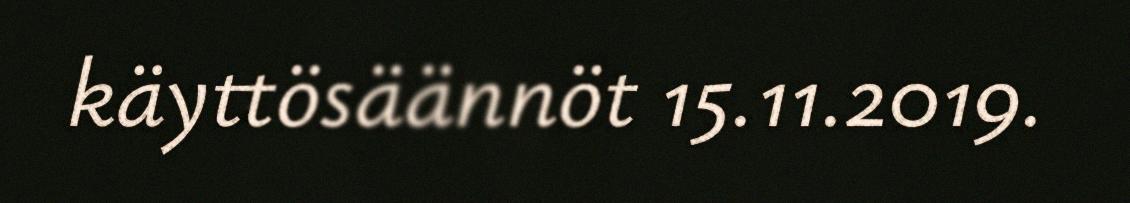
käyttösäännöt 15.11.2019.